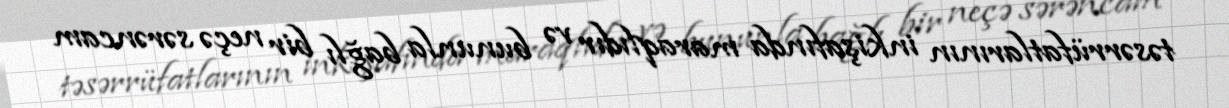
təsərrüfatlarının inkişafında maraqlıdır və bununla bağlı bir neçə sərəncam